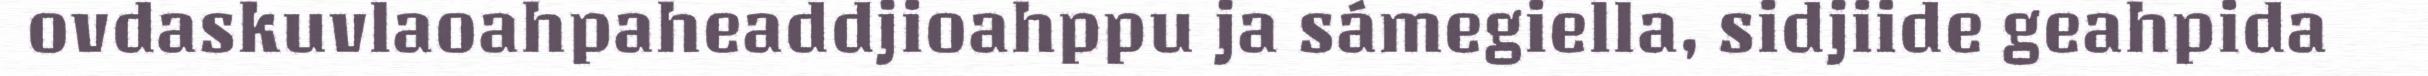
ovdaskuvlaoahpaheaddjioahppu ja sámegiella, sidjiide geahpida